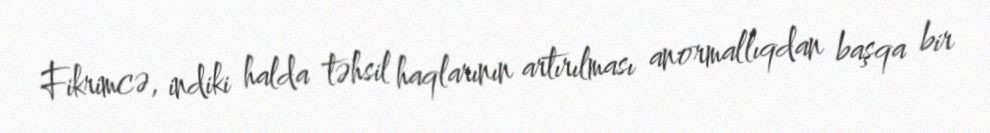
Fikrimcə, indiki halda təhsil haqlarının artırılması anormallıqdan başqa bir